Report on lock hospitals in British Burma
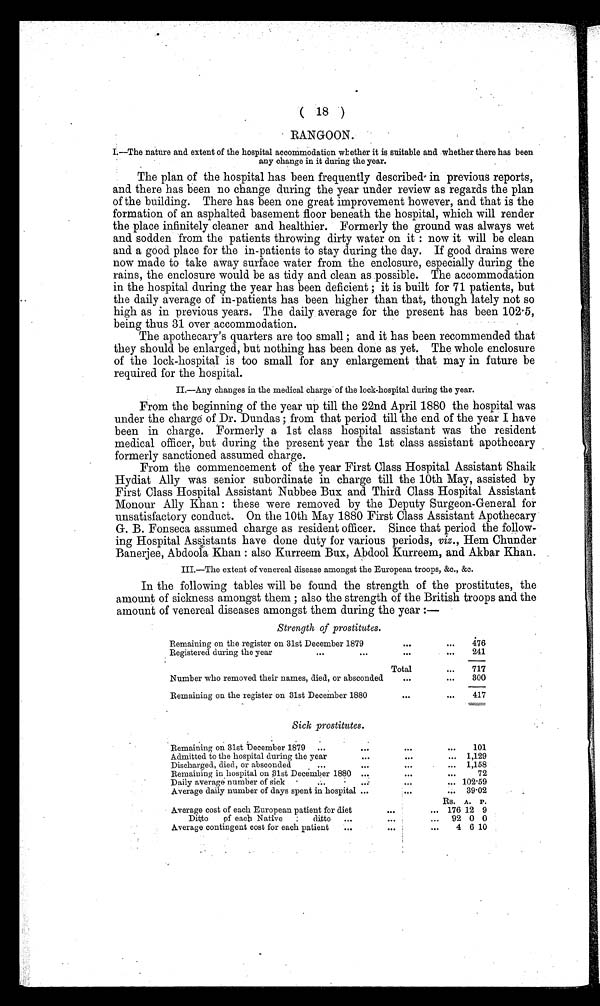
( 18 )
RANGOON.
I.—The nature and extent of the hospital accommodation whether it is suitable and whether there has been
any change in it during the year.
The plan of the hospital has been frequently described in previous reports,
and. there has been no change during the year under review as regards the plan
of the building. There has been one great improvement however, and that is the
formation of an asphalted basement floor beneath the hospital, which will render
the place infinitely cleaner and healthier. Formerly the ground was always wet
and sodden from the patients throwing dirty water on it : now it will be clean
and a good place for the in-patients to stay during the day. If good drains were
now made to take away surface water from the enclosure, especially during the
rains, the enclosure would be as tidy and clean as possible. The accommodation
in the hospital during the year has been deficient ; it is built for 71 patients, but
the daily average of in-patients has been higher than that, though lately not so
high as in previous years. The daily average for the present has been 102.5,
being thus 31 over accommodation.
The apothecary's quarters are too small ; and it has been recommended that
they should be enlarged, but nothing has been done as yet. The whole enclosure
of the lock-hospital is too small for any enlargement that may in future be
required for the hospital.
II.—Any changes in the medical charge of the lock-hospital during the year.
From the beginning of the year up till the 22nd April 1880 the hospital was
under the charge of Dr. Dundas ; from that period till the end of the year I have
been in charge. Formerly a 1st class hospital assistant was the resident
medical officer, but during the present year the 1st class assistant apothecary
formerly sanctioned assumed charge.
From the commencement of the year First Class Hospital Assistant Shaik
Hydiat Ally was senior subordinate in charge till the 10th May, assisted by
First Class Hospital Assistant Nubbee Bux and Third Class Hospital Assistant
Monour Ally Khan : these were removed by the Deputy Surgeon-General for
unsatisfactory conduct. On the 10th May 1880 First Class Assistant Apothecary
G. B. Fonseca assumed charge as resident officer. Since that period the follow-
ing Hospital Assistants have done duty for various periods, viz., Hem Chunder
Banerjee, Abdoola Khan : also Kurreem Bux, Abdool Kurreem, and Akbar Khan.
III.—The extent of venereal disease amongst the European troops, &c., &c.
In the following tables will be found the strength of the prostitutes, the
amount of sickness amongst them ; also the strength of the British troops and the
amount of venereal diseases amongst them during the year :—
Strength of prostitutes.
Remaining on the register on 31st December 1879
. . .
...
476
Registered during the year
. . .
. . .
. . .
. . . .
241
Total
...
717
Number who removed their names, died, or absconded
...
...
300
Remaining on the register on 31st December 1880
. . .
...
417
Sick prostitutes.
Remaining on 31st December 1879
...
. . .
. . .
. . .
101
Admitted to the hospital during the year
. . .
. . .
... 1,129
Discharged, died, or absconded
...
. . .
. . .
... 1,158
Remaining in hospital on 31st December 1880 ...
. . .
...
72
Daily average number of sick
...
...
. . .
. . . 102.59
Average daily number of days spent in hospital ...
. . .
. . . 39.02
Rs. A. P.
Average cost of each European patient for diet
. . .
... 176 12 9
Ditto
of eachNative
:
ditto
.,.
. . .
...
92 0 0
Average contingent cost for each patient
...
...
...
4 6 10